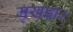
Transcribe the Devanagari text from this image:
मुखड़ा।